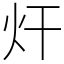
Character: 㶥